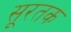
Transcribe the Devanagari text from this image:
सूरतक